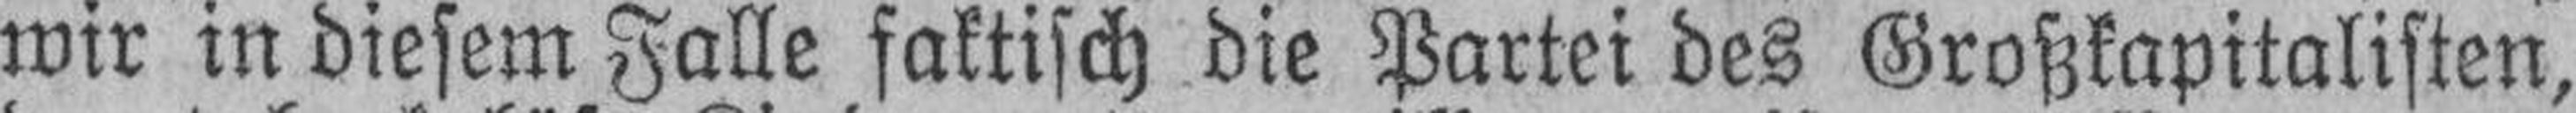
wir in diesem Falle faktisch die Partei des Großkapitalisten,